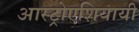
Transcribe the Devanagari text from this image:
आस्ट्रोएशियायी